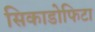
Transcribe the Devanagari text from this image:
सिकाडोफिटा